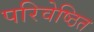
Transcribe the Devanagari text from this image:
परिवेष्ठित